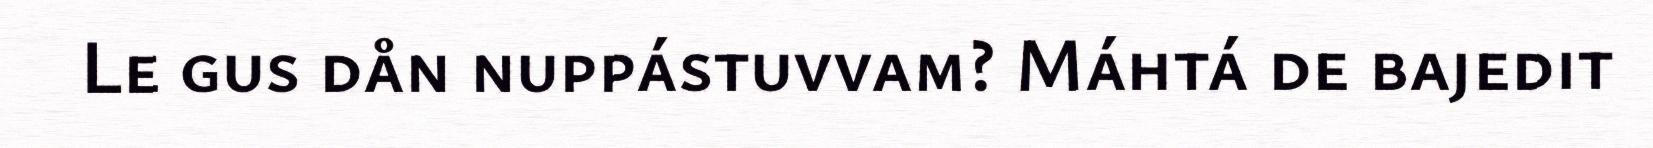
Le gus dån nuppástuvvam? Máhtá de bajedit